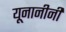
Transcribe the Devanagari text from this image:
यूनानीनीं